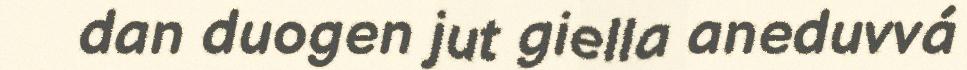
dan duogen jut giella aneduvvá